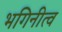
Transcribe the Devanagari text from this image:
भगिनीत्व